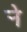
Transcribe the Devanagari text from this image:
र्‍ाे